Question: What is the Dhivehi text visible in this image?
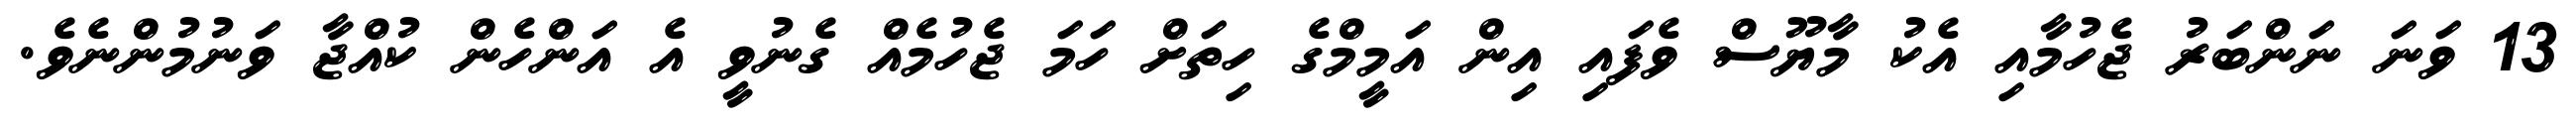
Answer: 13 ވަނަ ނަންބަރު ޖެހުމާއި އެކު މާޔޫސް ވެފައި އިން އަމީމްގެ ހިތަށް ހަމަ ޖެހުމެއް ގެނުވީ އެ އަންހެން ކުއްޖާ ވަނުމުންނެވެ.